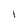
Character: 1